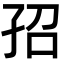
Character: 𡥙